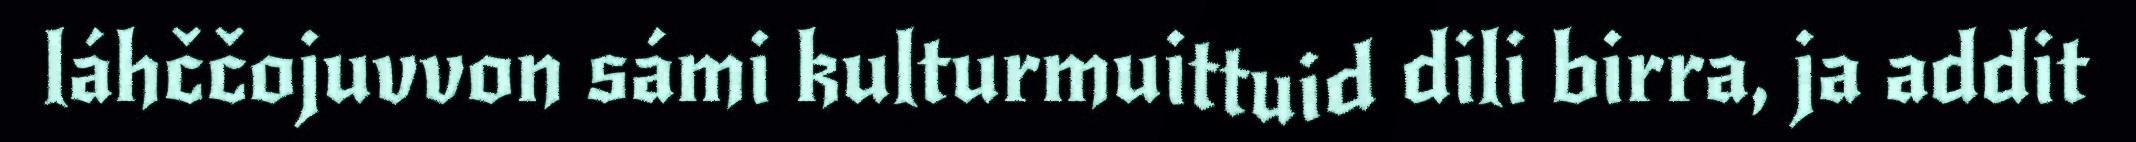
láhččojuvvon sámi kulturmuittuid dili birra, ja addit